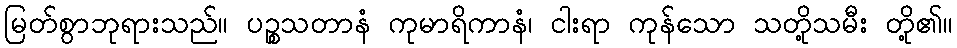
မြတ်စွာဘုရားသည်။ ပဉ္စသတာနံ ကုမာရိကာနံ၊ ငါးရာ ကုန်သော သတို့သမီး တို့၏။